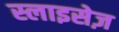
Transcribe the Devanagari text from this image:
स्लाइसेज़